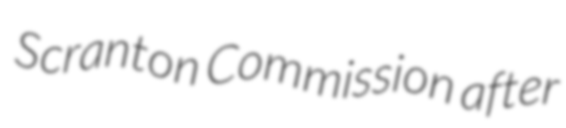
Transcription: Scranton Commission after